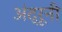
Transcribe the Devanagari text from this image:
अंद्रूनी